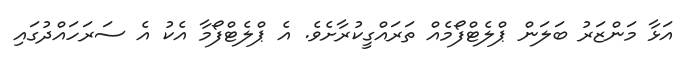
އަޅާ މަންޒަރު ބަލަން ޕްލެޓްފޯމެއް ތަރައްގީކުރާށެވެ. އެ ޕްލެޓްފޯމާ އެކު އެ ސަރަހައްދުގައި